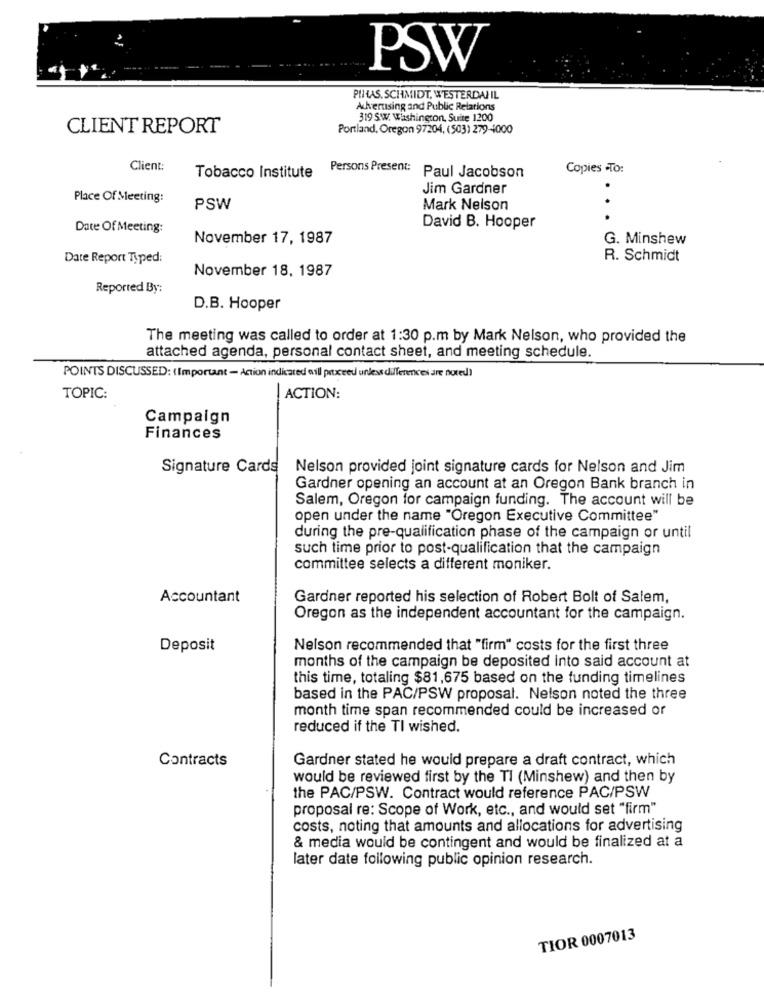
PSW
PIHAS. SCHMIDT, WESTERDAJ IL
Akvertising and Public Relations
319 SW. Washington, Suite 1200
CLIENT REPORT
Portland, Oregon 97204, (503) 279-4000
Client:
Tobacco Institute Persons Present:
Paul Jacobson
Copies To:
Jim Gardner
Place Of Meeting:
PSW
Mark Nelson
Date Of Meeting:
David B. Hooper
November 17, 1987
G. Minshew
Date Report Typed:
R. Schmidt
November 18, 1987
Reported By:
D.B. Hooper
The meeting was called to order at 1:30 p.m by Mark Nelson, who provided the
attached agenda, personal contact sheet, and meeting schedule.
POINTS DISCUSSED: (Important - Action indicated will proxceed unless differences are bored)
TOPIC:
ACTION:
Campaign
Finances
Signature Cards
Nelson provided joint signature cards for Nelson and Jim
Gardner opening an account at an Oregon Bank branch in
Salem, Oregon for campaign funding. The account will be
open under the name "Oregon Executive Committee"
during the pre-qualification phase of the campaign or until
such time prior to post-qualification that the campaign
committee selects a different moniker.
Accountant
Gardner reported his selection of Robert Bolt of Salem,
Oregon as the independent accountant for the campaign.
Deposit
Nelson recommended that "firm" costs for the first three
months of the campaign be deposited into said account at
this time, totaling $81,675 based on the funding timelines
based in the PAC/PSW proposal. Nelson noted the three
month time span recommended could be increased or
reduced if the TI wished.
Contracts
Gardner stated he would prepare a draft contract, which
would be reviewed first by the TI (Minshew) and then by
the PAC/PSW. Contract would reference PAC/PSW
proposal re: Scope of Work, etc ., and would set "firm"
costs, noting that amounts and allocations for advertising
& media would be contingent and would be finalized at a
later date following public opinion research.
TIOR 0007013